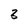
Character: 3